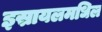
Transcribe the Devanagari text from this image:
इस्रायलमधिल